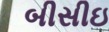
બીસીઇ